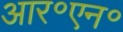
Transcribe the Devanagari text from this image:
आर॰एन॰